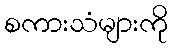
စကားသံများကို